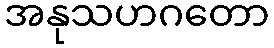
အနုသဟဂတော